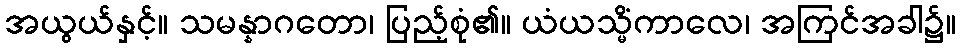
အယွယ်နှင့်။ သမန္နာဂတော၊ ပြည့်စုံ၏။ ယံယသ္မိံကာလေ၊ အကြင်အခါ၌။